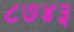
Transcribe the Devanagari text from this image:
८७४३